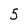
Character: 5